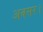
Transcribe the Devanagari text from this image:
अवसर।